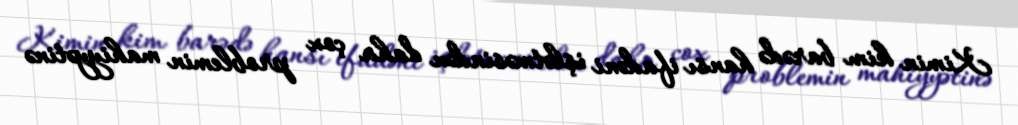
Kimin kim barədə hansı ifadəni işlətməsindən daha çox problemin mahiyyətinə